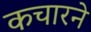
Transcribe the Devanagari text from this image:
कचारने